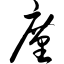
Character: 廑